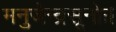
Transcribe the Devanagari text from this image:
मनुजेन्द्रसूनोः।